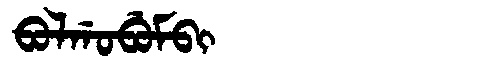
Manchu: ᠪᠣᠯᡤᠣᠪᡠᠮᠪᡳ
Romanization: BOLGOBUMBI